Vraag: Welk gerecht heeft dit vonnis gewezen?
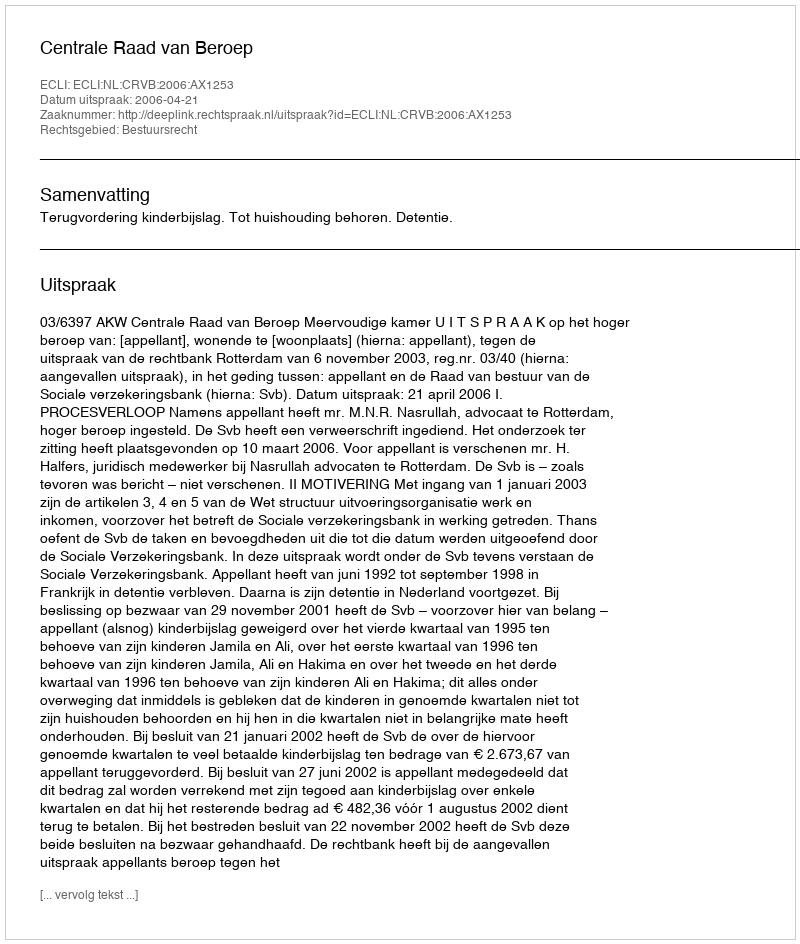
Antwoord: Centrale Raad van Beroep